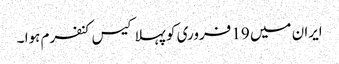
ایران میں 19 فروری کو پہلا کیس کنفرم ہوا ۔